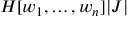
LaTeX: H [ w _ { 1 } , \dots , w _ { n } ] | J |